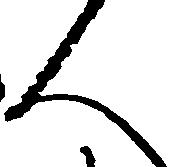
人